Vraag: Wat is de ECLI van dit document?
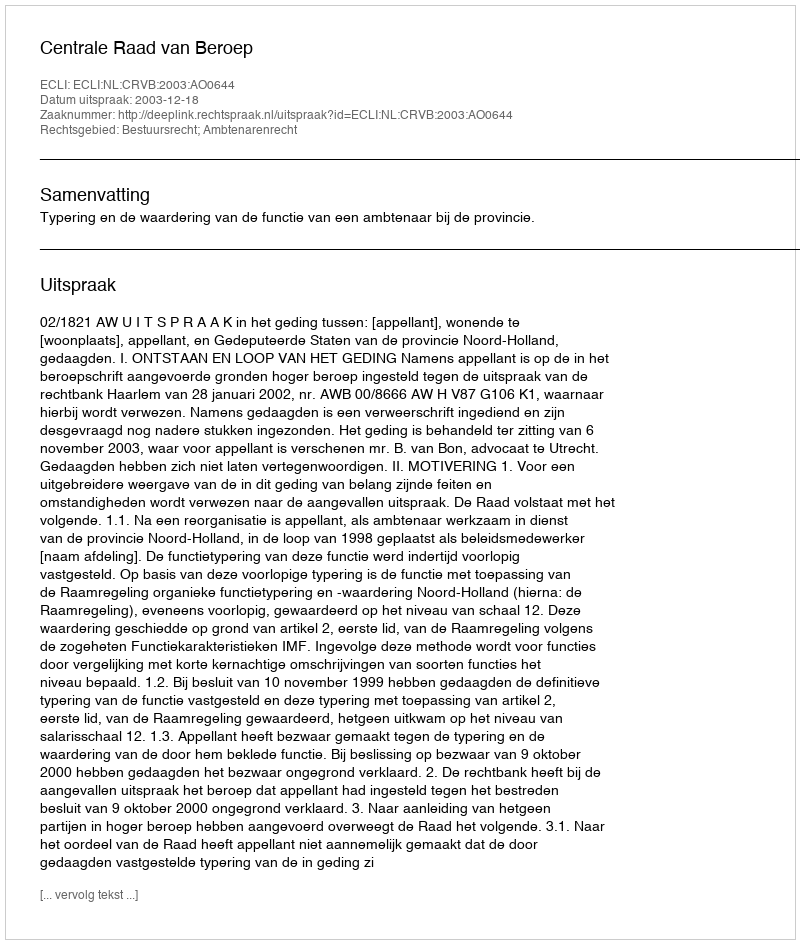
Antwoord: ECLI:NL:CRVB:2003:AO0644